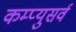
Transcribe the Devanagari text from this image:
कम्प्युसर्व